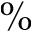
\%